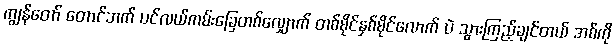
ကျွန်တော် တောင်ဘက် ပင်လယ်ကမ်းခြေတစ်လျှောက် တစ်မိုင်နှစ်မိုင်လောက် ပဲ သွားကြည့်ချင်တယ် အစ်ကို